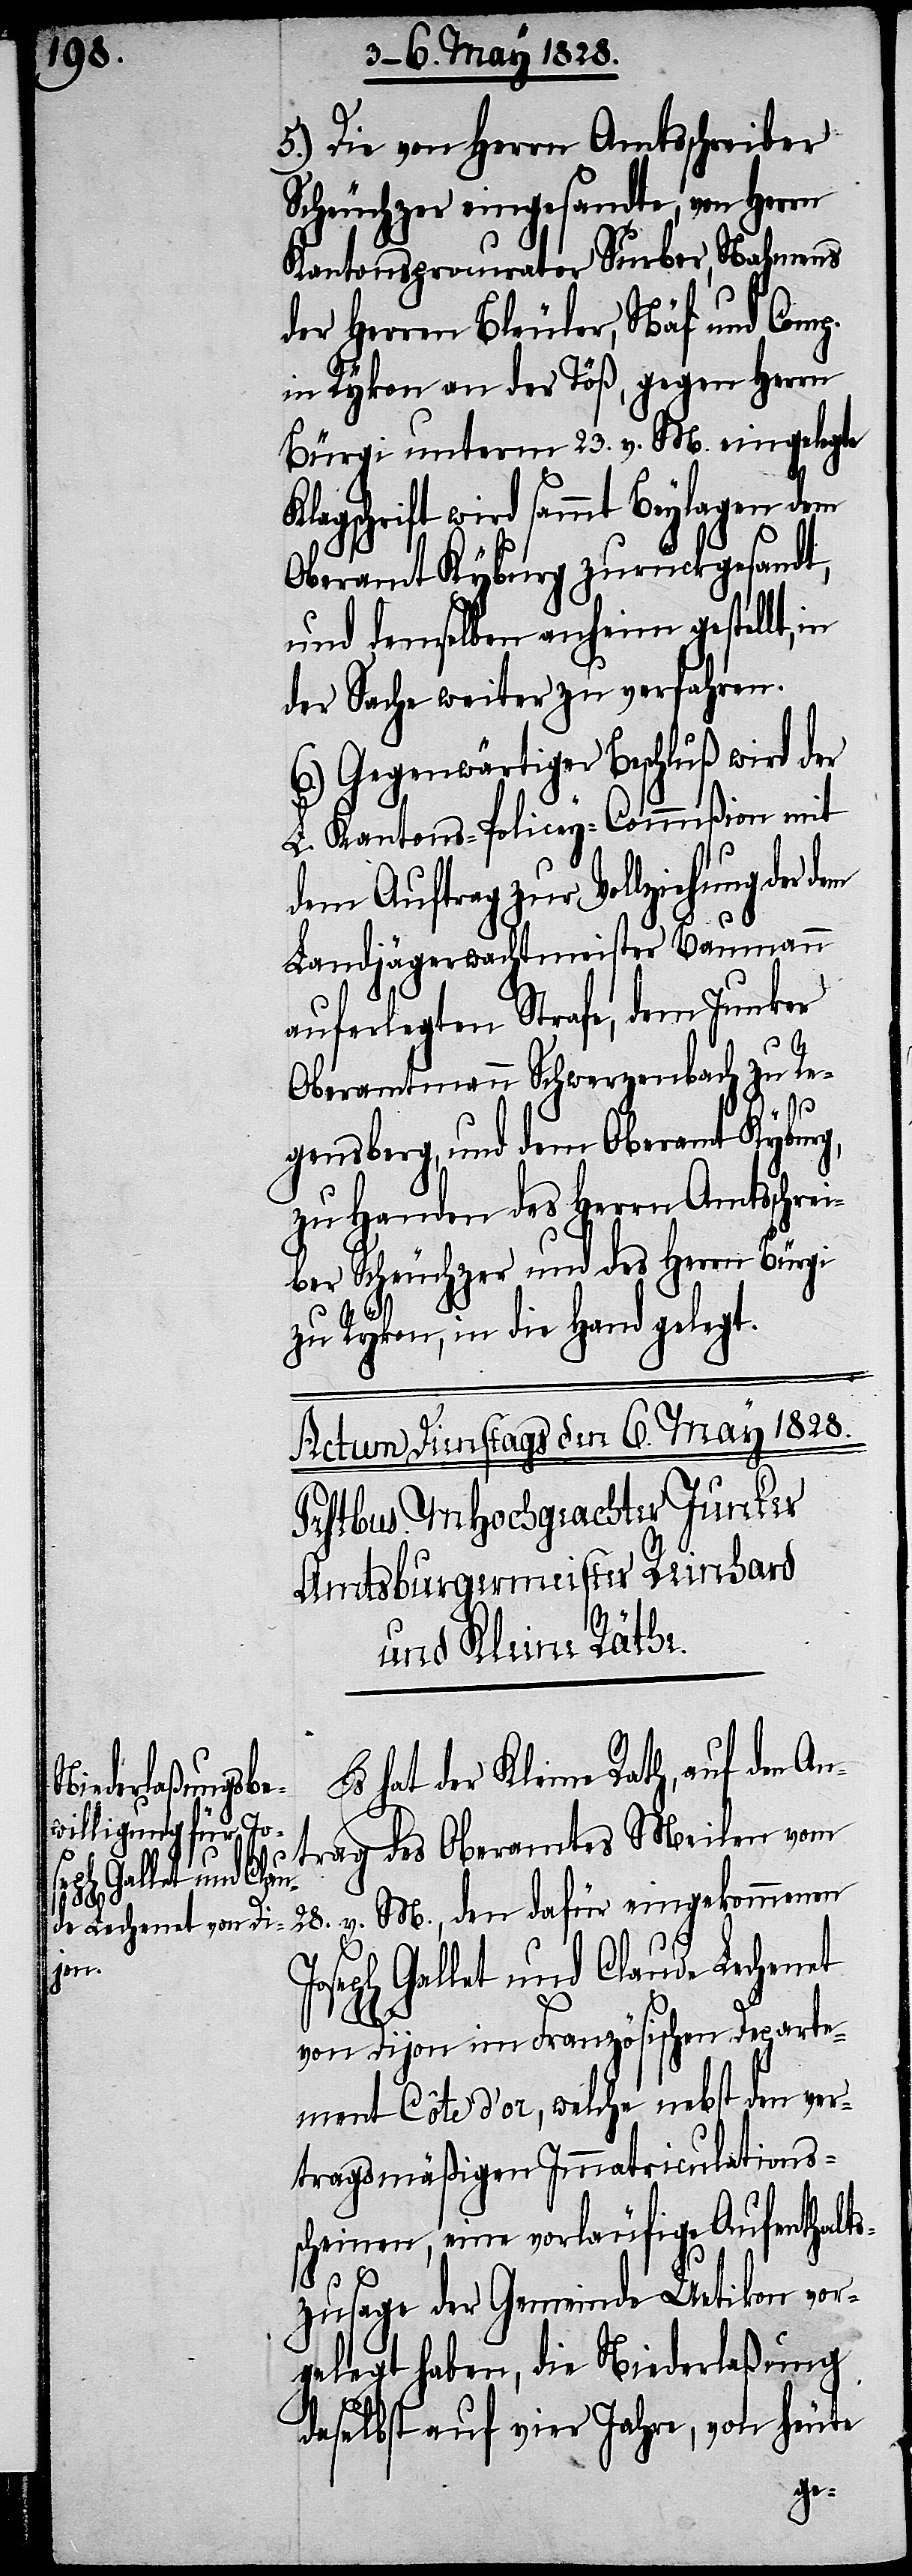
5.) Die von Herrn Amtsschreiber
Scheuchzer eingesandte, von Herrn
Kantonsprocurator Surber, Nahmens
der Herren Bleuler, Näf und Comp.
in Rykon an der Töß, gegen Herrn
Bürgi unterm 23. v. M. eingelegte
lagschrift wird sammt Beylagen dem
Oberamt Kyburg zurückgesandt,
und demselben anheim gestellt,
der Sache weiter zu verfahren.
6.) Gegenwärtiger Beschluß wird der
L. Kantons-Policey-Commißion mit
dem Auftrag zur Vollziehung der
Landjägerwachtmeister Baumann
auferlegten Strafe, dem Junker
Oberamtmann Schwerzenbach zu Re¬
Jo¬
gensberg, und dem Oberamt Kyburg,
zu Handen des Herrn Amtsschre¬
iber Scheuchzer und des Herrn Bürgi
zu Rykon, in die Hand gelegt.
Es hat der Kleine Rath, auf den An¬
trag des Oberamtes Meilen vom
28. v. M., den dafür eingekommenen
seph Gallet und Claude Lechenet
von Dijon im Französischen Departe¬
ment Côte d’or, welche nebst den ver¬
tragsmäßigen Immatriculations¬
scheinen, eine vorläufige Aufenthalts¬
zusage der Gemeinde Uetikon vor¬
gelegt haben, die Niederlaßung
daselbst auf vier Jahre, von heute
K¬